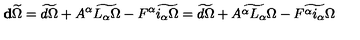
\mathbf { d } \widetilde \Omega = \widetilde { d \Omega } + A ^ { \alpha } \widetilde { L _ { \alpha } \Omega } - F ^ { \alpha } \widetilde { i _ { \alpha } \Omega } = \widetilde { d \Omega } + \widetilde { A ^ { \alpha } L _ { \alpha } \Omega } - \widetilde { F ^ { \alpha } i _ { \alpha } \Omega }